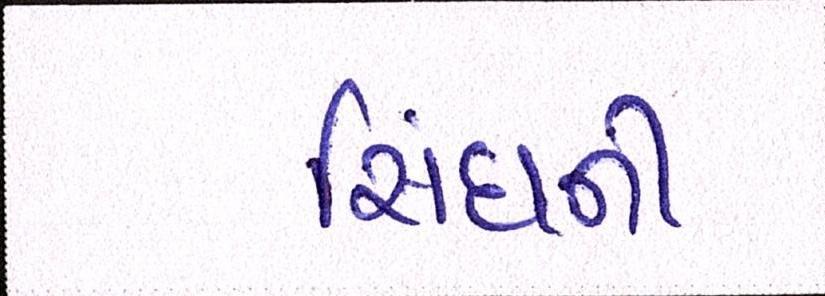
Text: સિંઘની